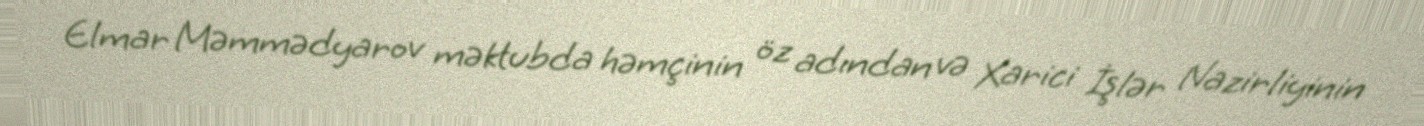
Elmar Məmmədyarov məktubda həmçinin öz adından və Xarici İşlər Nazirliyinin